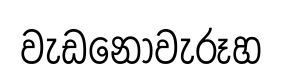
වැඩනොවැරූහ